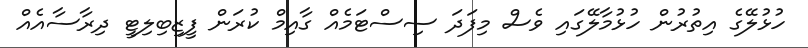
ހުޅުލޭގެ އިތުރުން ހުޅުމާލޭގައި ވެސް މިފަދަ ސިސްޓަމެއް ގާއިމް ކުރަން ފީޒިބިލިޓީ ދިރާސާއެއް